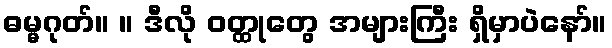
ဓမ္မဂုတ်။ ။ ဒီလို ဝတ္ထုတွေ အများကြီး ရှိမှာပဲနော်။